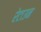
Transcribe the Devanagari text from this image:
रेटाउन